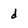
Character: d